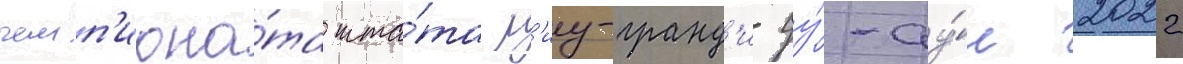
чемп'иона́та шта́та р'иу-гранд'и-ду́-су́л 2022